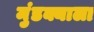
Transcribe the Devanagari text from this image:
मुंडक्याला